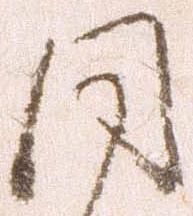
同